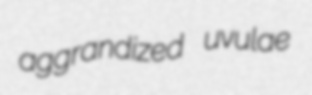
aggrandized uvulae